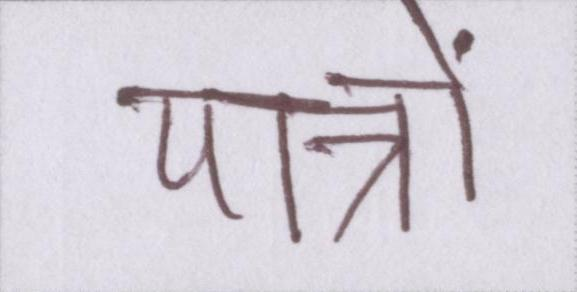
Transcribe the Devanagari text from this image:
पात्रों